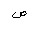
Letter: _sad